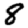
Digit: 8